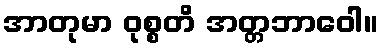
အာတုမာ ဝုစ္စတိ အတ္တဘာဝေါ။